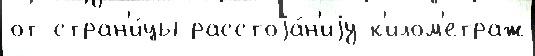
от стран'и́цы расстоjа́н'иjу к'илом'етраж